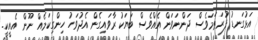
އަޅުގަނޑު ފުރަތަމަވެސް ދަންނަވަން އެއްވެސް ބަޔަކު ރާވައިގެން އެދުވަހު ހިންގިކަމެއް ނޫން އެއީކީ.